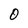
Character: O